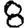
Digit: 8